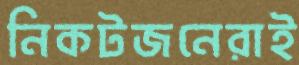
নিকটজনেরাই